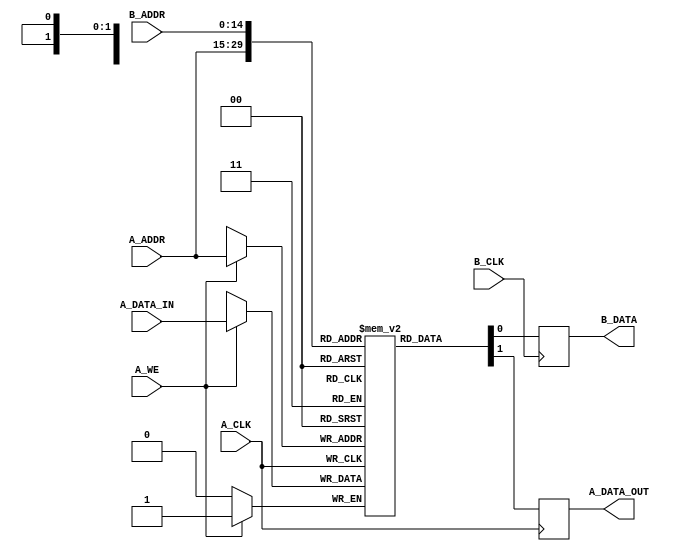
`timescale 1ns / 1ps
//////////////////////////////////////////////////////////////////////////////////
// Company: University of Edinburgh
// 
// Design Name: 
// Module Name: Frame_Buffer
// Project Name: VGA Interface
// Target Devices: BASYS 3 board, VGA monitor
// Tool Versions: 
// Description: 
// 
// Dependencies: 
// 
// Revision: 1
// Revision 0.01 - File Created
// Additional Comments:
// 
//////////////////////////////////////////////////////////////////////////////////


module Frame_Buffer(
// port A: read/write
    input A_CLK,    // port A clock
    input [14:0] A_ADDR,    // port A pixel address (7+8 bits)
    input A_DATA_IN,    // pixel data in
    output reg A_DATA_OUT,  // port A pixel data out to microprocessor
    input A_WE,     // write enable
// port B: read only
    input B_CLK,    // port B clock
    input [14:0] B_ADDR,    // port B pixel address (7+8 bits)
    output reg B_DATA   // port B pixel data out to signal gen
    );
    
    
    // 256 x 128 1 bit memory to hold frame data
    //LSB stores horizontal address, MSB stores vertical address
    reg [0:0] Mem [2**15-1:0];
    
    // Port A - Read/Write to be used by microprocessor
    always@(posedge A_CLK) begin
        if(A_WE)
            Mem[A_ADDR] <= A_DATA_IN;   // set memory at address to data in when write enabled
            
        A_DATA_OUT <= Mem[A_ADDR];      // output stored data at address
    end
    
    // Port B - Read Only e.g. to be read from the VGA signal generator module for display
    always@(posedge B_CLK)
        B_DATA <= Mem[B_ADDR]; 
    
endmodule